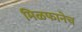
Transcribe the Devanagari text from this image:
मिळफानेच